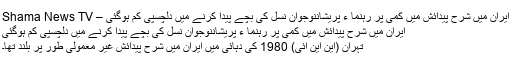
ایران میں شرح پیدائش میں کمی پر رہنما ء پریشاننوجوان نسل کی بچے پیدا کرنے میں دلچسپی کم ہوگئی – Shama News TV
ایران میں شرح پیدائش میں کمی پر رہنما ء پریشاننوجوان نسل کی بچے پیدا کرنے میں دلچسپی کم ہوگئی
تہران (این این آئی) 1980 کی دہائی میں ایران میں شرحِ پیدائش غیر معمولی طور پر بلند تھا۔